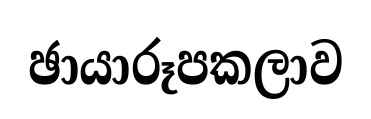
ඡායාරූපකලාව